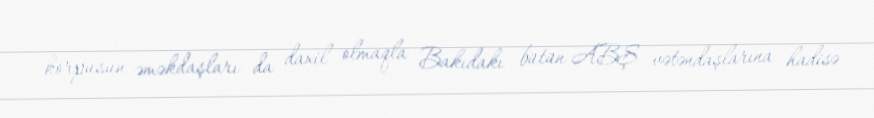
korpusun əməkdaşları da daxil olmaqla Bakıdakı bütün ABŞ vətəndaşlarına hadisə